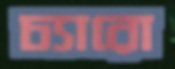
চ্যারো